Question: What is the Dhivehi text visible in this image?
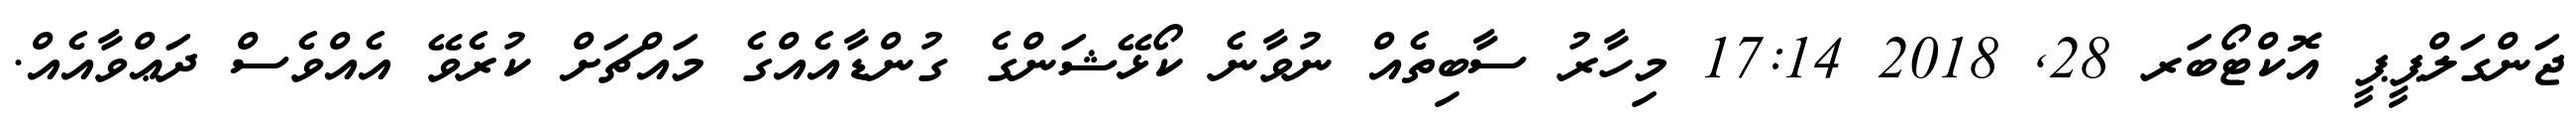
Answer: ޖަންގަލްޕީޕީ އޮކްޓޯބަރ 28, 2018 17:14 މިހާރު ސާބިތެއް ނުވާނެ ކޯޅޭޝަންގެ ގުންޑާއެއްގެ މައްޗަށް ކުރެވޭ އެއްވެސް ދަޢްވާއެއް.